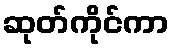
ဆုတ်ကိုင်ကာ